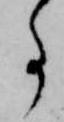
事